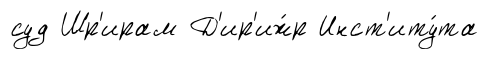
суд Шр'ирам Д'ир'иж́р Инст'иту́та